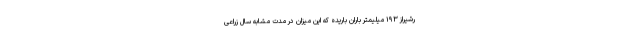
رشیراز ۱۹۳ میلیمتر باران باریده که این میزان در مدت مشابه سال زراعی